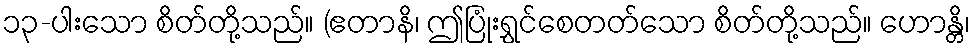
၁၃-ပါးသော စိတ်တို့သည်။ (ဧတာနိ၊ ဤပြုံးရွှင်စေတတ်သော စိတ်တို့သည်။ ဟောန္တိ၊